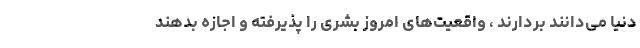
دنیا می‌دانند بردارند ، واقعیت‌های امروز بشری را پذیرفته و اجازه بدهند